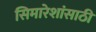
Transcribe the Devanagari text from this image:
सिमारेशांसाठी